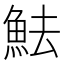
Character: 魼